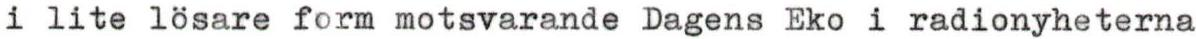
i lite lösare form motsvarande Dagens Eko i radionyheterna